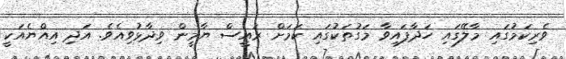
ވެރިކަމުގައި މާލޭގައި ހަދާފައިވާ މަގުތަކުގައި ކަމަށް ރައީސް ޔާމީން ވިދާޅުވިއެވެ. އަދި އިއްޔެއަކީ